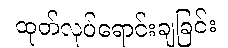
ထုတ်လုပ်ရောင်းချခြင်း